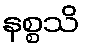
နစ္စသိ